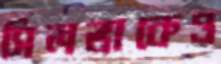
সিলভাকেও